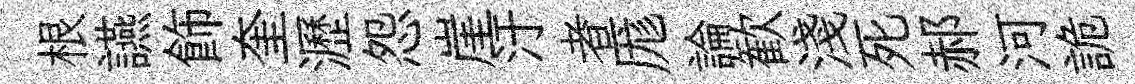
根讌飾奎瀝怨崖汙者厖論歓淺死郝河詭